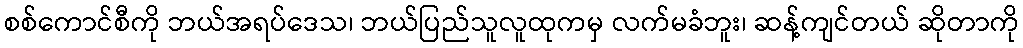
စစ်ကောင်စီကို ဘယ်အရပ်ဒေသ၊ ဘယ်ပြည်သူလူထုကမှ လက်မခံဘူး၊ ဆန့်ကျင်တယ် ဆိုတာကို